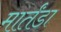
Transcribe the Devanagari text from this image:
मार्तंडा